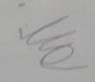
Signature authenticity: forged